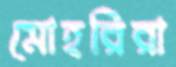
মোহরিরা